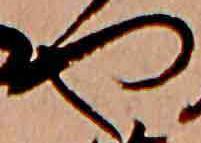
や